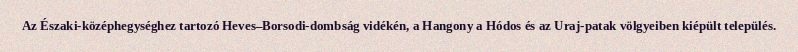
Az Északi-középhegységhez tartozó Heves–Borsodi-dombság vidékén, a Hangony a Hódos és az Uraj-patak völgyeiben kiépült település.